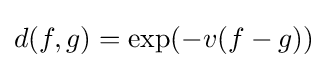
d(f,g)=\exp(-v(f-g))